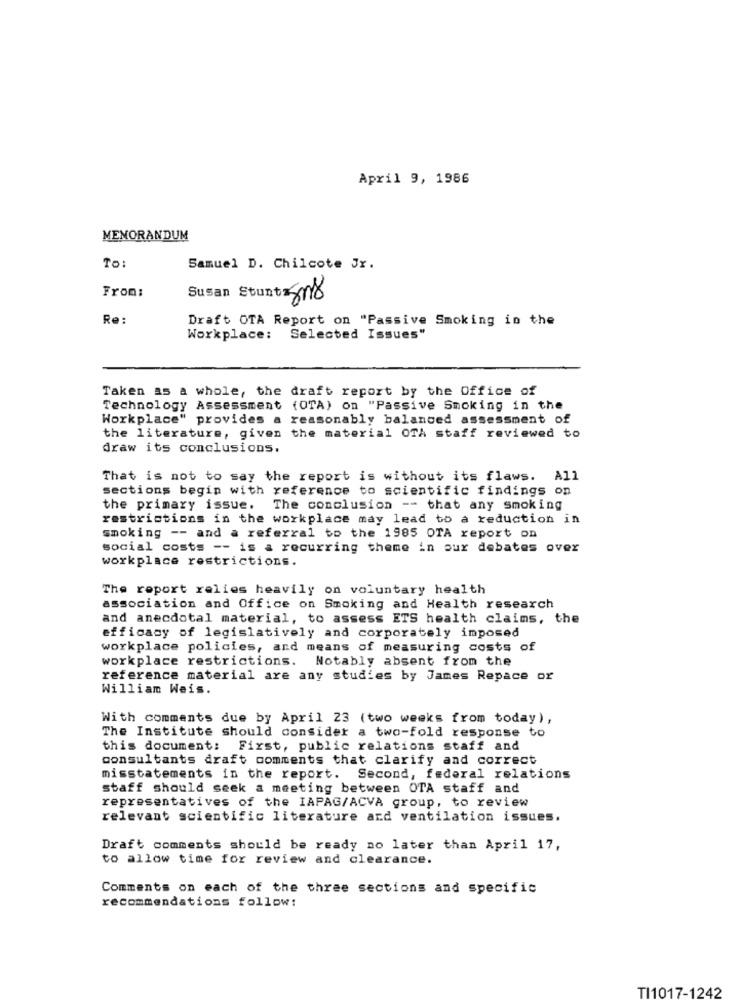
April 9, 1986
MEMORANDUM
To:
Samuel D. Chilcote Jr.
From:
508
Re:
Draft OTA Report on "Passive Smoking in the
Workplace: Selected Issues"
Taken a5 a whole, the draft report by the Office of
Technology Assessment (OTA) on "Passive Smoking in the
Workplace" provides a reasonably balanced assessment of
the literature, given the material OTh staff reviewed to
draw its conclusions.
That is not to say the report is without its flaws. All
sections begin with reference to scientific findings on
the primary issue.
The conclusion -- that any smoking
restrictions in the workplace may lead to a reduction in
smoking -- and a referral to the 1985 OTA report on
social costs -- is a recurring theme in our debates over
workplace restrictions.
The report relies heavily on voluntary health
association and Office on Smoking and Health research
and anecdotal material, to assess ETS health claims, the
efficacy of legislatively and corporately imposed
workplace policies, and means of measuring costs of
workplace restrictions. Notably absent from the
reference material are any studies by James Repace or
William Weis.
With comments due by April 23 (two weeks from today),
The Institute should consider a two-fold response to
this document: First, public relations staff and
consultants draft comments that clarify and correct
misstatements in the report. Second, federal relations
staff should seek a meeting between OTA staff and
representatives of the IAPAG/ACVA group, to review
relevant scientific literature and ventilation issues.
Draft comments should be ready no later than April 17,
to allow time for review and clearance.
Comments on each of the three sections and specific
recommendations follow:
TI1017-1242